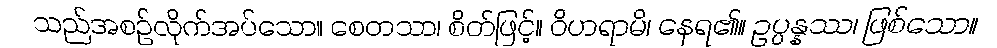
သည်အစဉ်လိုက်အပ်သော။ စေတသာ၊ စိတ်ဖြင့်။ ဝိဟရာမိ၊ နေရ၏။ ဥပ္ပန္နဿ၊ ဖြစ်သော။